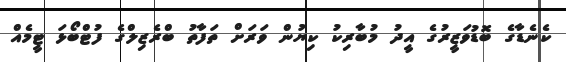
ކެނެޑާގެ ބޮޑުވަޒީރުގެ އީދު މުބާރިކު ކިޔުން ވަރަށް ތަފާތު ބްރެޒިލްގެ ފުޓްބޯޅަ ޓީމެއް